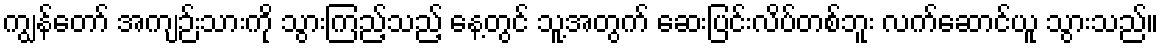
ကျွန်တော် အကျဉ်းသားကို သွားကြည့်သည့် နေ့တွင် သူ့အတွက် ဆေးပြင်းလိပ်တစ်ဘူး လက်ဆောင်ယူ သွားသည်။